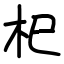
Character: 𣏌